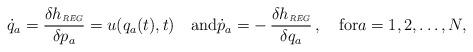
LaTeX: \begin{align*}\dot{q}_a = \frac{\delta h_\textit{\tiny REG}}{\delta p_a} = u(q_a(t),t)\quad\hbox{and}\dot{p}_a = -\,\frac{\delta h_\textit{\tiny REG}}{\delta q_a} \,,\quad\hbox{for}a = 1,2,\dots,N, \end{align*}